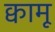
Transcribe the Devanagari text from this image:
क्वामू